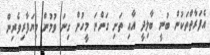
އެފަރާތްތަކުން ބުނީ ބާލިދީ އާއި ތަށި ގަންނަ މީހުން ގިނަ ވުމުން ވިޔަފާރިވެރިން